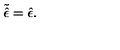
\tilde { \hat { \epsilon } } = \hat { \epsilon } .